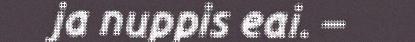
ja nuppis eai. –